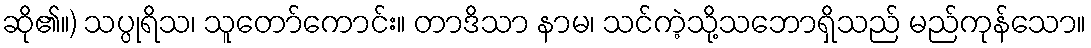
ဆို၏။) သပ္ပုရိသ၊ သူတော်ကောင်း။ တာဒိသာ နာမ၊ သင်ကဲ့သို့သဘောရှိသည် မည်ကုန်သော။